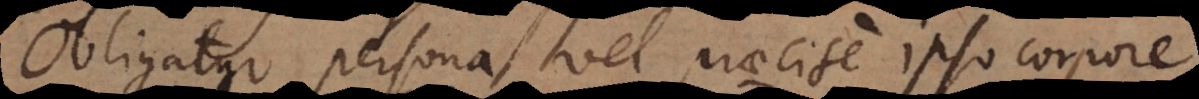
Obligatur persona vel praecise ipso corpore